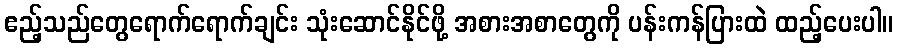
ဧည့်သည်တွေရောက်ရောက်ချင်း သုံးဆောင်နိုင်ဖို့ အစားအစာတွေကို ပန်းကန်ပြားထဲ ထည့်ပေးပါ။